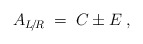
\begin{align*}A_{L\!/\!R} \;=\; C \pm E \;, \end{align*}